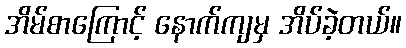
အိမ်စာကြောင့် နောက်ကျမှ အိပ်ခဲ့တယ်။